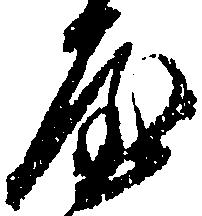
屋